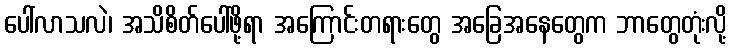
ပေါ်လာသလဲ၊ အသိစိတ်ပေါ်ဖို့ရာ အကြောင်းတရားတွေ အခြေအနေတွေက ဘာတွေတုံးလို့